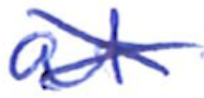
Text: at
Cross-out: cross
Writing tool: ballpoint